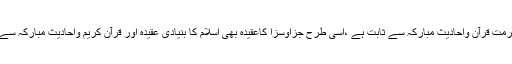
سود کی حرمت قرآن واحادیث مبارکہ سے ثابت ہے ،اسی طرح جزاوسزا کاعقیدہ بھی اسلام کا بنیادی عقیدہ اور قرآن کریم واحادیث مبارکہ سے ثابت ہے۔